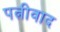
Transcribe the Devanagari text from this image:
पत्नीवाद